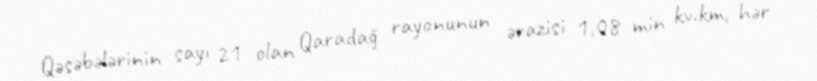
Qəsəbələrinin sayı 21 olan Qaradağ rayonunun ərazisi 1,08 min kv.km, hər